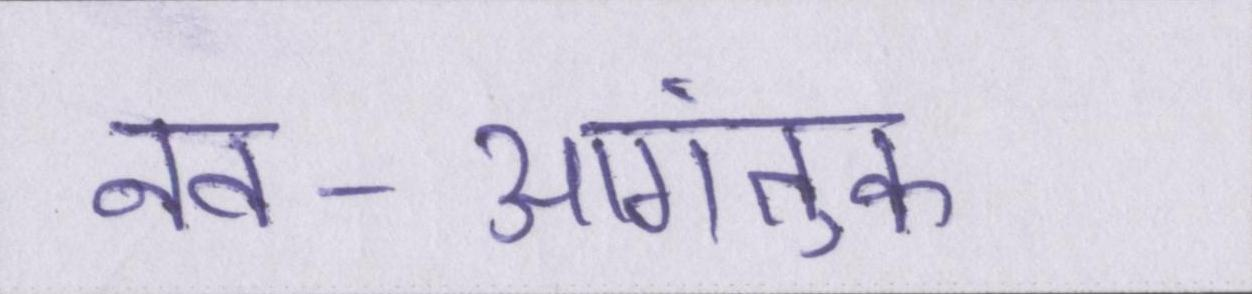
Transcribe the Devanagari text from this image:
नव-आगंतुक